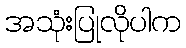
အသုံးပြုလိုပါက